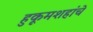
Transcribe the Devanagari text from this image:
हुकूमशहांचे